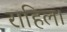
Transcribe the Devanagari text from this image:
राहिल।